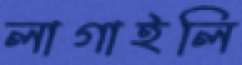
লাগাইলি